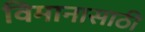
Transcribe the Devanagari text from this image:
विमानासाठी